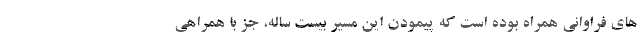
های فراوانی همراه بوده است که پیمودن این مسیر بیست ساله، جز با همراهی